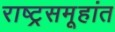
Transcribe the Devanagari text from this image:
राष्ट्रसमूहांत